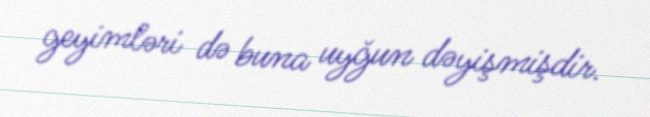
geyimləri də buna uyğun dəyişmişdir.